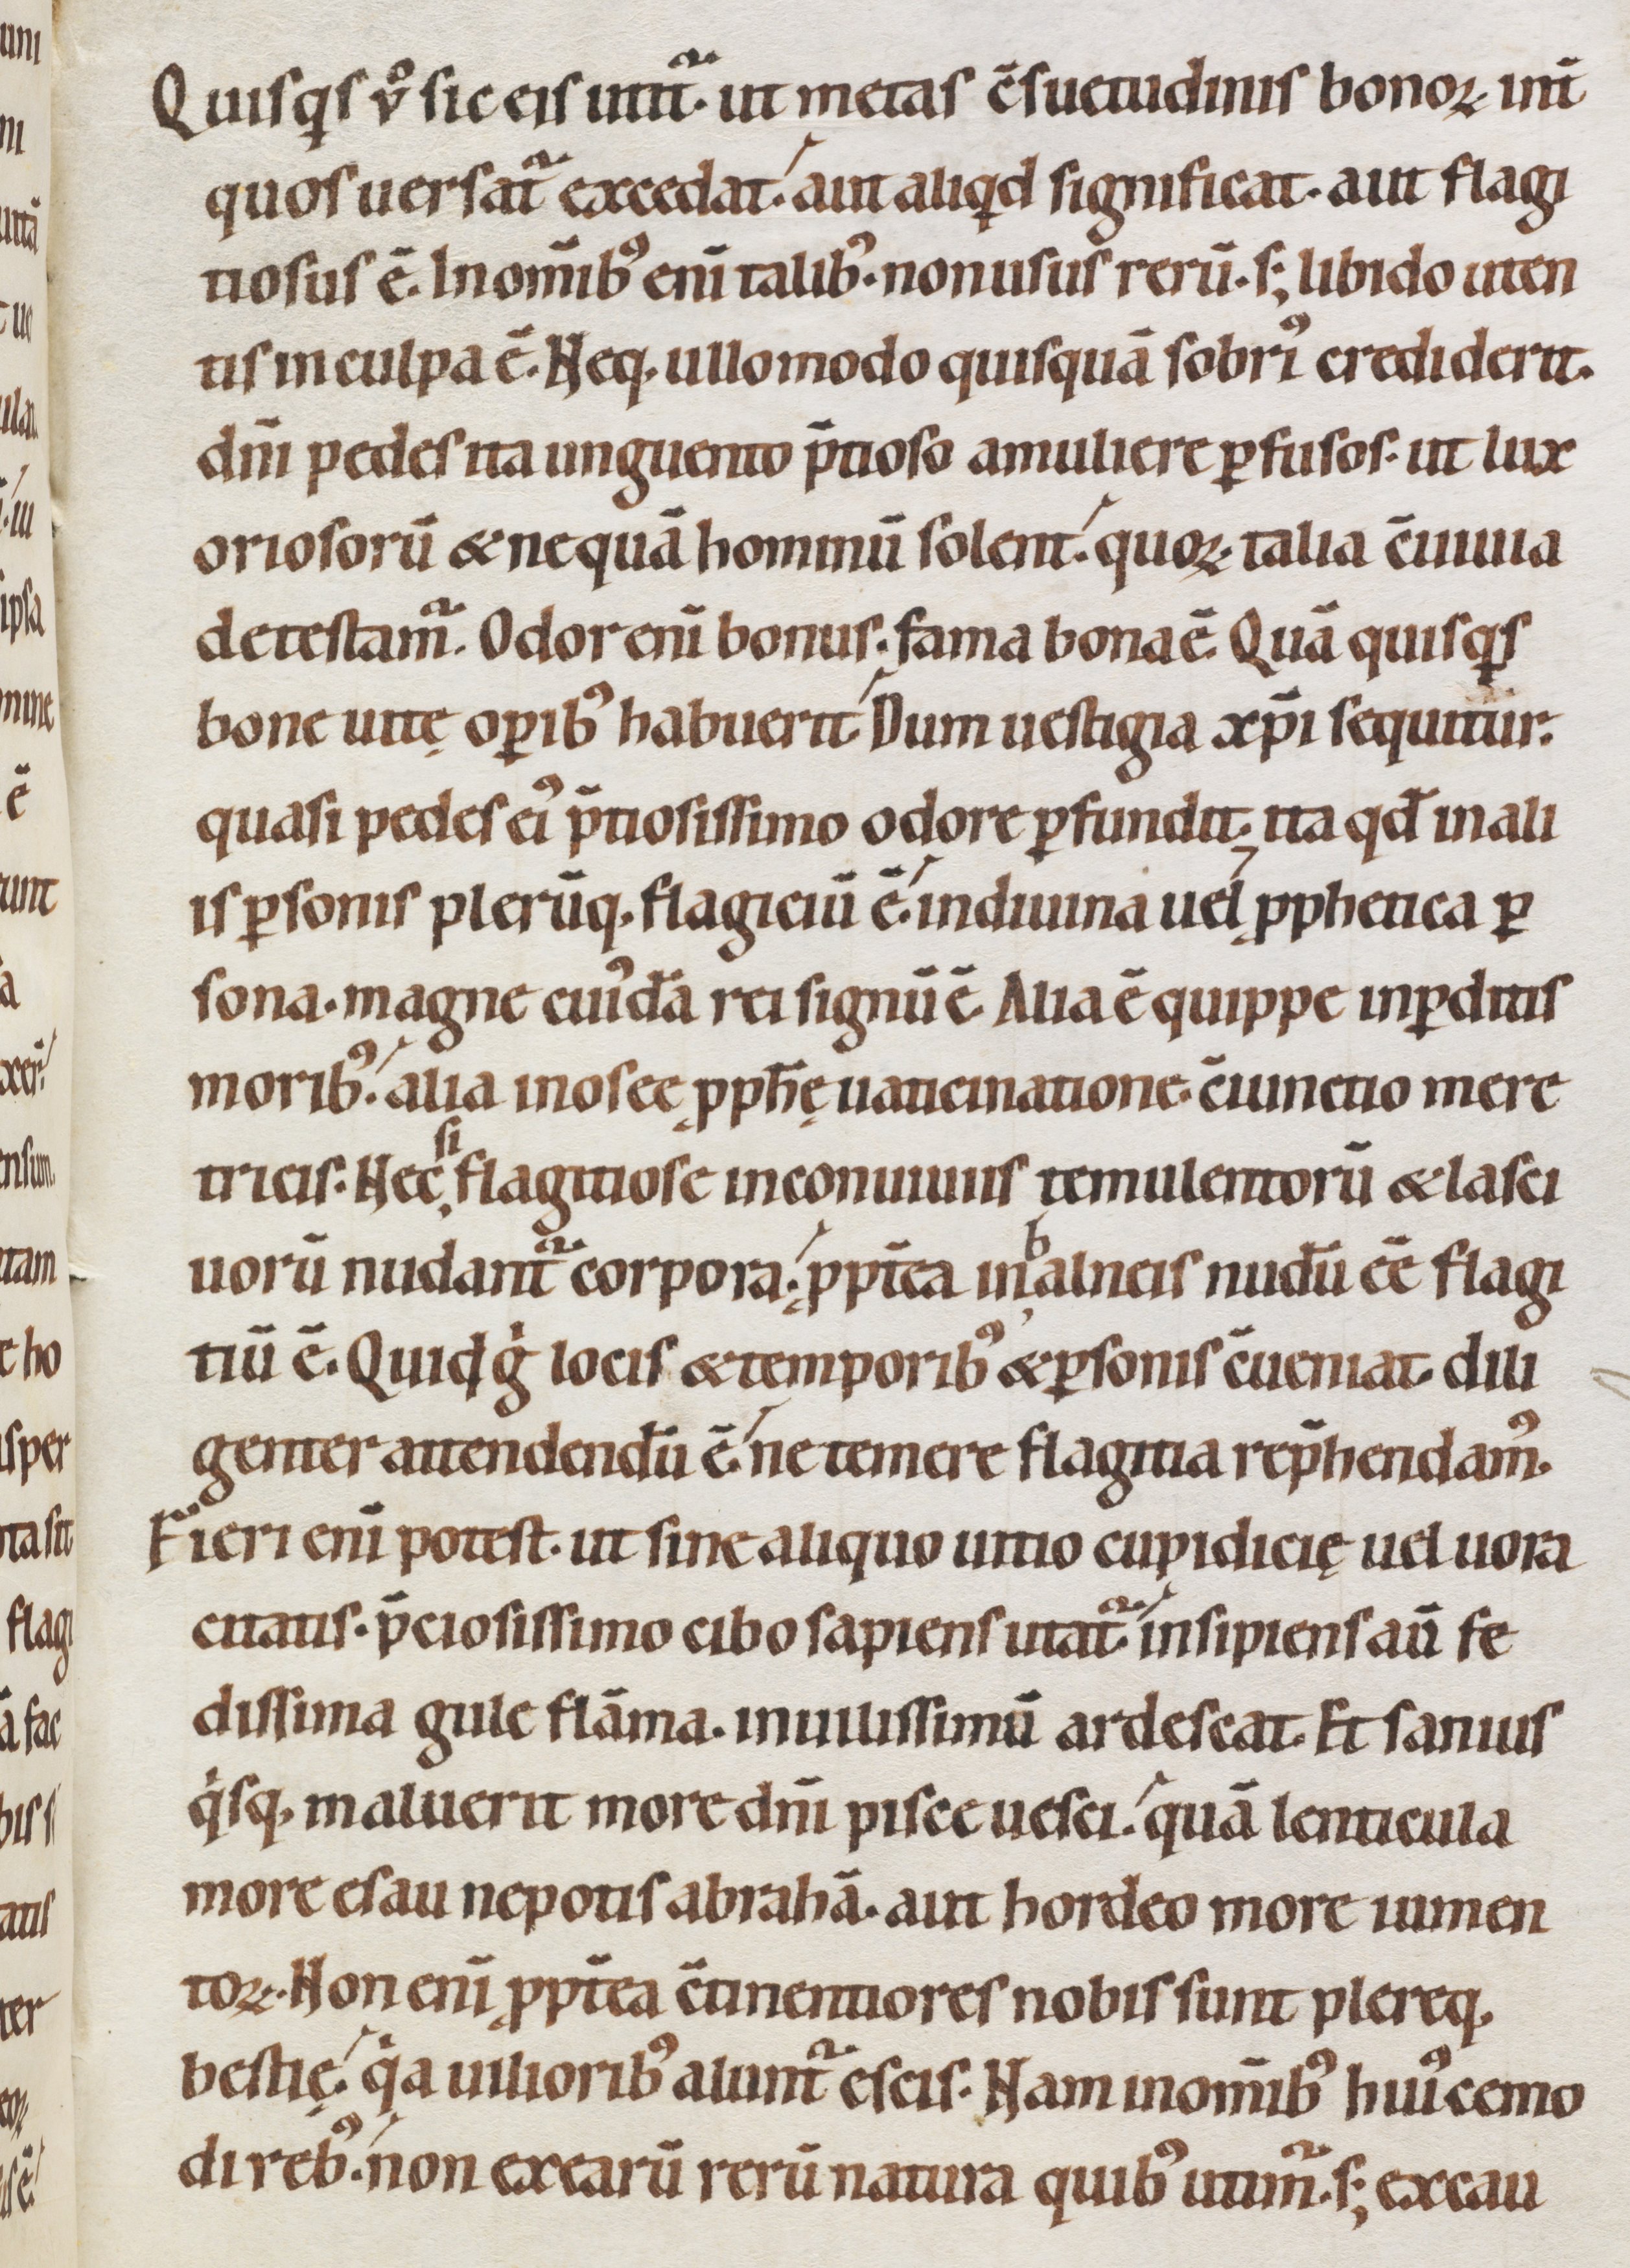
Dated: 1080–1096